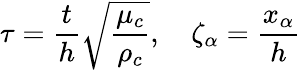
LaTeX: \tau=\frac{t}{h}\sqrt{\frac{\mu_{c}}{\rho_{c}}},\quad\zeta_{\alpha}=\frac{x_{\alpha}}{h}